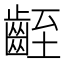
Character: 𪗻